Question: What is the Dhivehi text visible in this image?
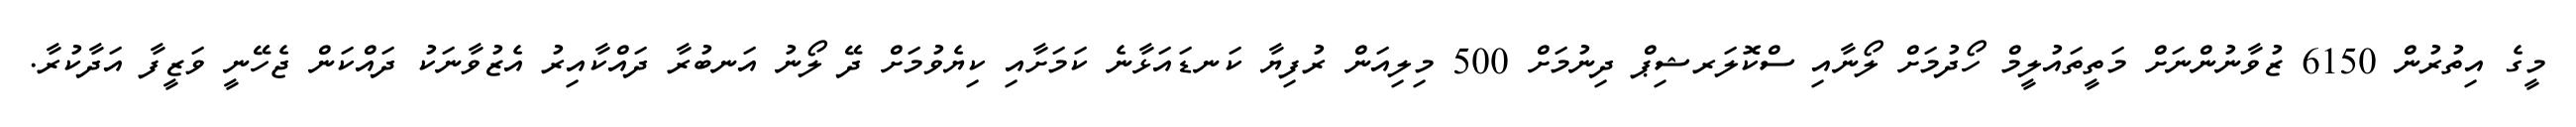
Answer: މީގެ އިތުރުން 6150 ޒުވާނުންނަށް މަތީތައުލީމް ހޯދުމަށް ލޯނާއި ސްކޮލަރޝިޕް ދިނުމަށް 500 މިލިއަން ރުފިޔާ ކަނޑައަޅާނެ ކަމަށާއި ކިޔެވުމަށް ދޭ ލޯނު އަނބުރާ ދައްކާއިރު އެޒުވާނަކު ދައްކަން ޖެހޭނީ ވަޒީފާ އަދާކުރާ.